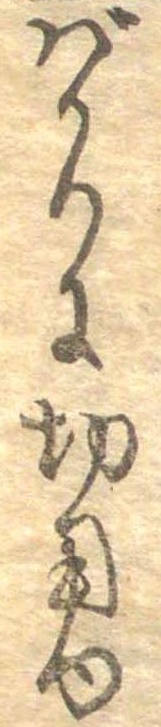
ばかりに切用ゆ